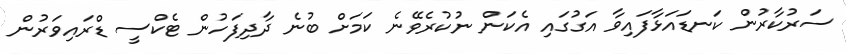
ސަރުކާރުން ކަނޑައަޅާފައިވާ އަގުގައި އެކަން ނުކުރެވޭނެ ކަމަށް ބުނެ ދާދިފަހުން ޓެކްސީ ޑްރައިވަރުން